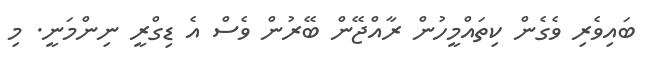
ބައިވެރި ވެގެން ކިތައްމީހުން ރާއްޖޭން ބޭރުން ވެސް އެ ޑިގްރީ ނިންމަނީ. މި